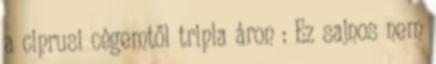
a ciprusi cégemtől tripla áron : Ez sajnos nem